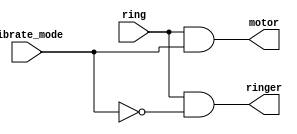
// This program was cloned from: https://github.com/milind7777/VerilogDocGen
// License: MIT License

module ringer(
  input ring,
  input vibrate_mode,
  output ringer,
  output motor

);

  assign ringer = ring & ~vibrate_mode;
  assign motor = ring & vibrate_mode;

endmodule